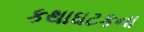
કથાઘટકના